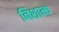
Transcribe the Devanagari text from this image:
निशान्थ